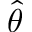
\hat { \theta }